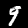
Label: 9